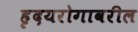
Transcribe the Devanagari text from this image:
हृदयरोगावरील